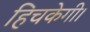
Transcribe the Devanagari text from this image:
हिचकेगी।